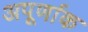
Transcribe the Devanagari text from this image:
अपूर्णाक